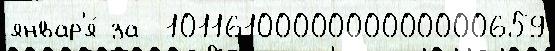
январ'я́ за  1011610000000000000659